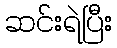
ဆင်းရဲပြီး